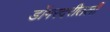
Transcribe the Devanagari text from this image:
डोंगरदरीतली